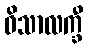
ဝိသာလက္ခီ